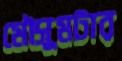
মৌসুমটার